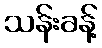
သန်းခန့်